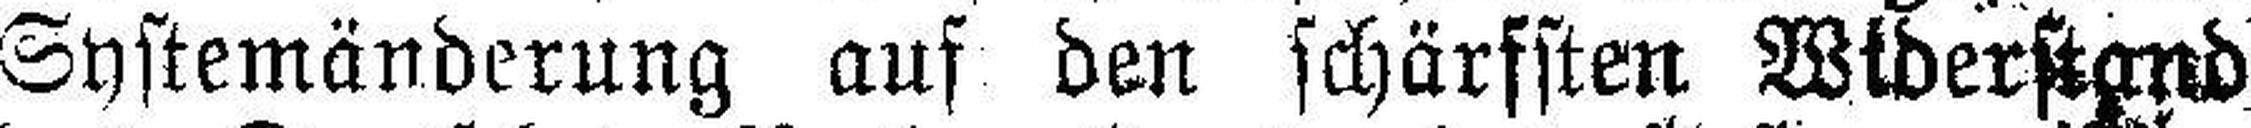
Systemänderung auf den schärfsten Widerstand